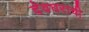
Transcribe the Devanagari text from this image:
देवघराची